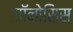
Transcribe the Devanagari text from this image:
जॉनोसिस